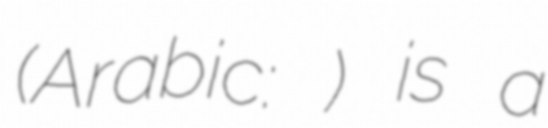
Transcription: (Arabic: ثرمداء) is a